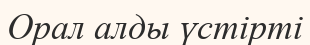
Орал алды үстірті